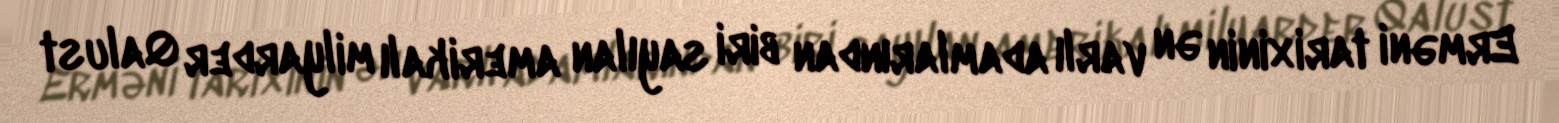
Erməni tarixinin ən varlı adamlarından biri sayılan amerikalı milyarder Qalust